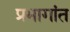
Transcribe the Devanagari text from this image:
प्रभागांत